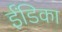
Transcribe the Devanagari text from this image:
ईंडिका